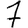
Digit: 7